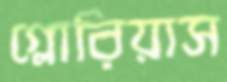
গ্লোরিয়াস